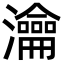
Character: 瀹